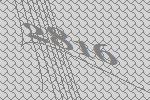
2816